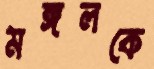
মঙ্গলকে